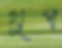
থুপ